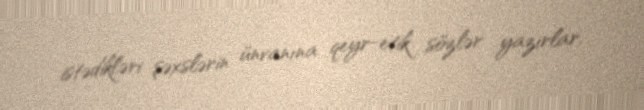
istədikləri şəxslərin ünvanına qeyr-etik sözlər yazırlar.